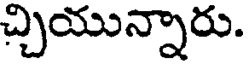
చ్చియున్నారు.